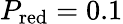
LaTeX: P_{\mathrm{red}}=0.1